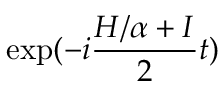
\exp ( - i \frac { H / \alpha + I } { 2 } t )